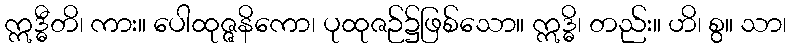
ဣဒ္ဓီတိ၊ ကား။ ပေါထုဇ္ဇနိကော၊ ပုထုဇဉ်၌ဖြစ်သော။ ဣဒ္ဓိ၊ တည်း။ ဟိ၊ စွ။ သာ၊